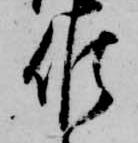
候